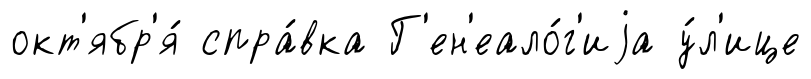
окт'ябр'я́ спра́вка Г'ен'еало́г'иjа у́л'ице